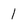
Character: 1